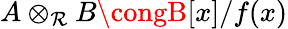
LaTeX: A\otimes_{\mathcal{R}}B\congB[x]/f(x)